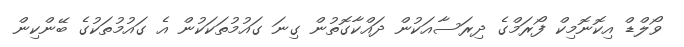
ވޯލްޑް އިކޮނޮމިކް ފޯރަމްގެ ދިރަސާއަކުން ދައްކާގޮތުން ގިނަ ގައުމުތަކަކުން އެ ގައުމުތަކުގެ ބޭންކިން